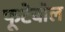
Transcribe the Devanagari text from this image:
फूटेबॉल